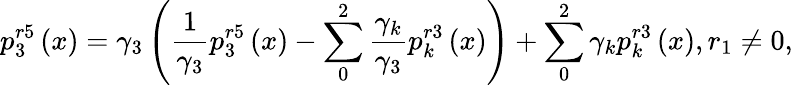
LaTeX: p_{3}^{r5}\left(x\right)={{\gamma}_{3}}\left(\frac{1}{{{\gamma}_{3}}}p_{3}^{r5}\left(x\right)-\sum_{0}^{2}{\frac{{{\gamma}_{k}}}{{{\gamma}_{3}}}p_{k}^{r3}\left(x\right)}\right)+\sum_{0}^{2}{{{\gamma}_{k}}p_{k}^{r3}\left(x\right)},{{r}_{1}}\ne 0,